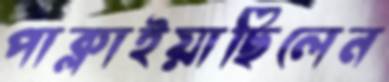
পাক্‌লাইয়াছিলেন